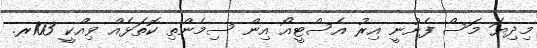
މިދިޔަ މަސް ފެށުނީ އިރު އެސްޓީއޯ އިން ސިމެންތި ކޮތަޅެއް ވިއްކީ 103ރ.